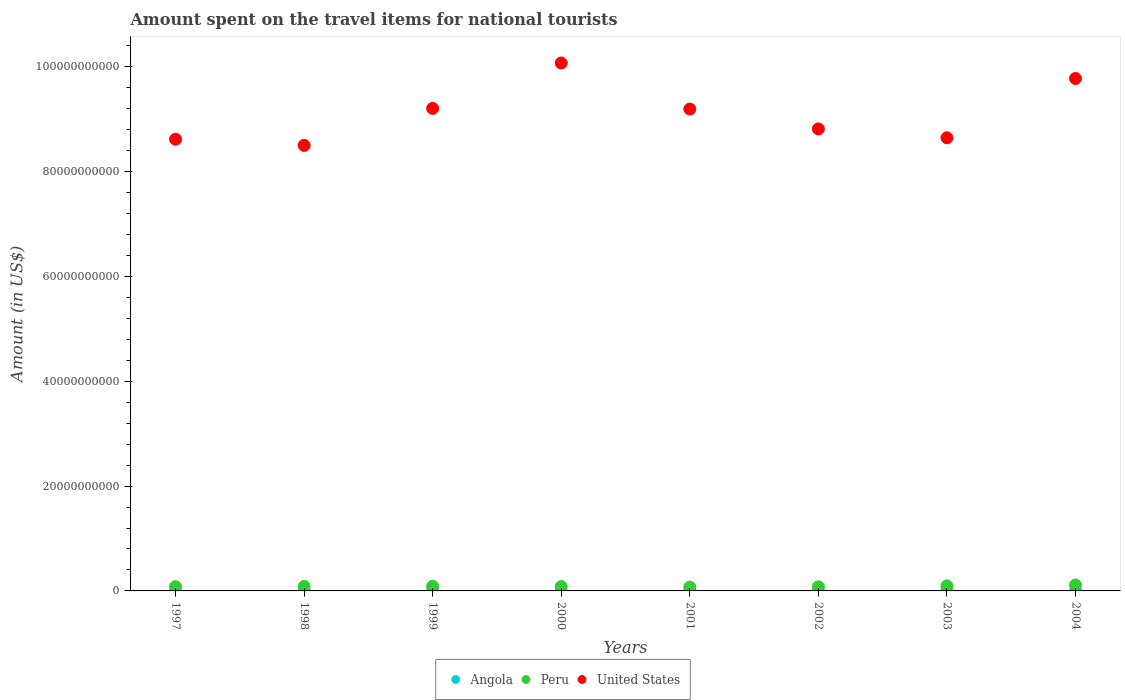
| Years | Angola | Peru | United States |
 | --- | --- | --- | --- |
 | 1997 | 9e+06 | 8.16e+08 | 8.62e+10 |
 | 1998 | 8e+06 | 8.45e+08 | 8.5e+10 |
 | 1999 | 1.3e+07 | 8.9e+08 | 9.20e+10 |
 | 2000 | 1.8e+07 | 8.37e+08 | 1.01e+11 |
 | 2001 | 2.2e+07 | 7.33e+08 | 9.19e+10 |
 | 2002 | 3.7e+07 | 7.87e+08 | 8.81e+10 |
 | 2003 | 4.9e+07 | 9.63e+08 | 8.64e+10 |
 | 2004 | 6.6e+07 | 1.14e+09 | 9.78e+10 |